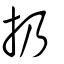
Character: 扔